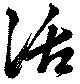
活